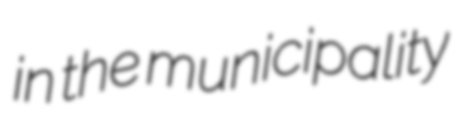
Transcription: in the municipality